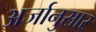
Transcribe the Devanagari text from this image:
अर्जानुसार